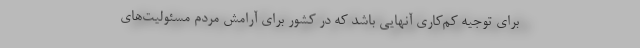
برای توجیه کم‌کاری آنهایی باشد که در کشور برای آرامش مردم مسئولیت‌های